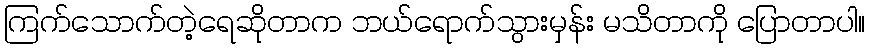
ကြက်သောက်တဲ့ရေဆိုတာက ဘယ်ရောက်သွားမှန်း မသိတာကို ပြောတာပါ။